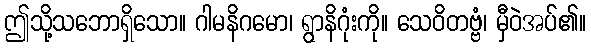
ဤသို့သဘောရှိသော။ ဂါမနိဂမော၊ ရွာနိဂုံးကို။ သေဝိတဗ္ဗံ၊ မှီဝဲအပ်၏။